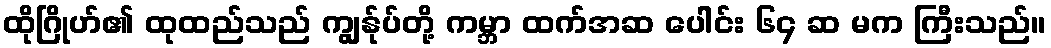
ထိုဂြိုဟ်၏ ထုထည်သည် ကျွန်ုပ်တို့ ကမ္ဘာ ထက်အဆ ပေါင်း ၆၄ ဆ မက ကြီးသည်။